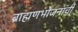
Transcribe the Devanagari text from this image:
ब्राह्मणभोजनाची